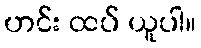
ဟင်း ထပ် ယူပါ။